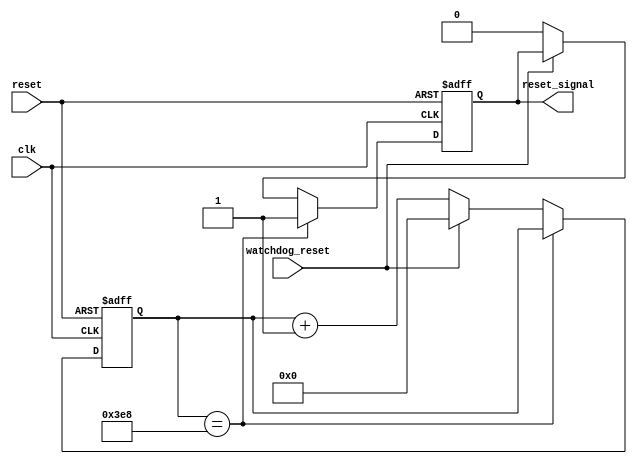
module watchdog_timer (
    input clk,
    input reset,
    input watchdog_reset,
    output reg reset_signal
);

parameter TIMEOUT = 1000; // Predefined timeout period

reg [31:0] timer_counter;

always @(posedge clk or posedge reset) begin
    if (reset) begin
        timer_counter <= 0;
        reset_signal <= 0;
    end else begin
        if (timer_counter == TIMEOUT) begin
            reset_signal <= 1;
        end else if (watchdog_reset) begin
            timer_counter <= 0;
        end else begin
            timer_counter <= timer_counter + 1;
            reset_signal <= 0;
        end
    end
end

endmodule